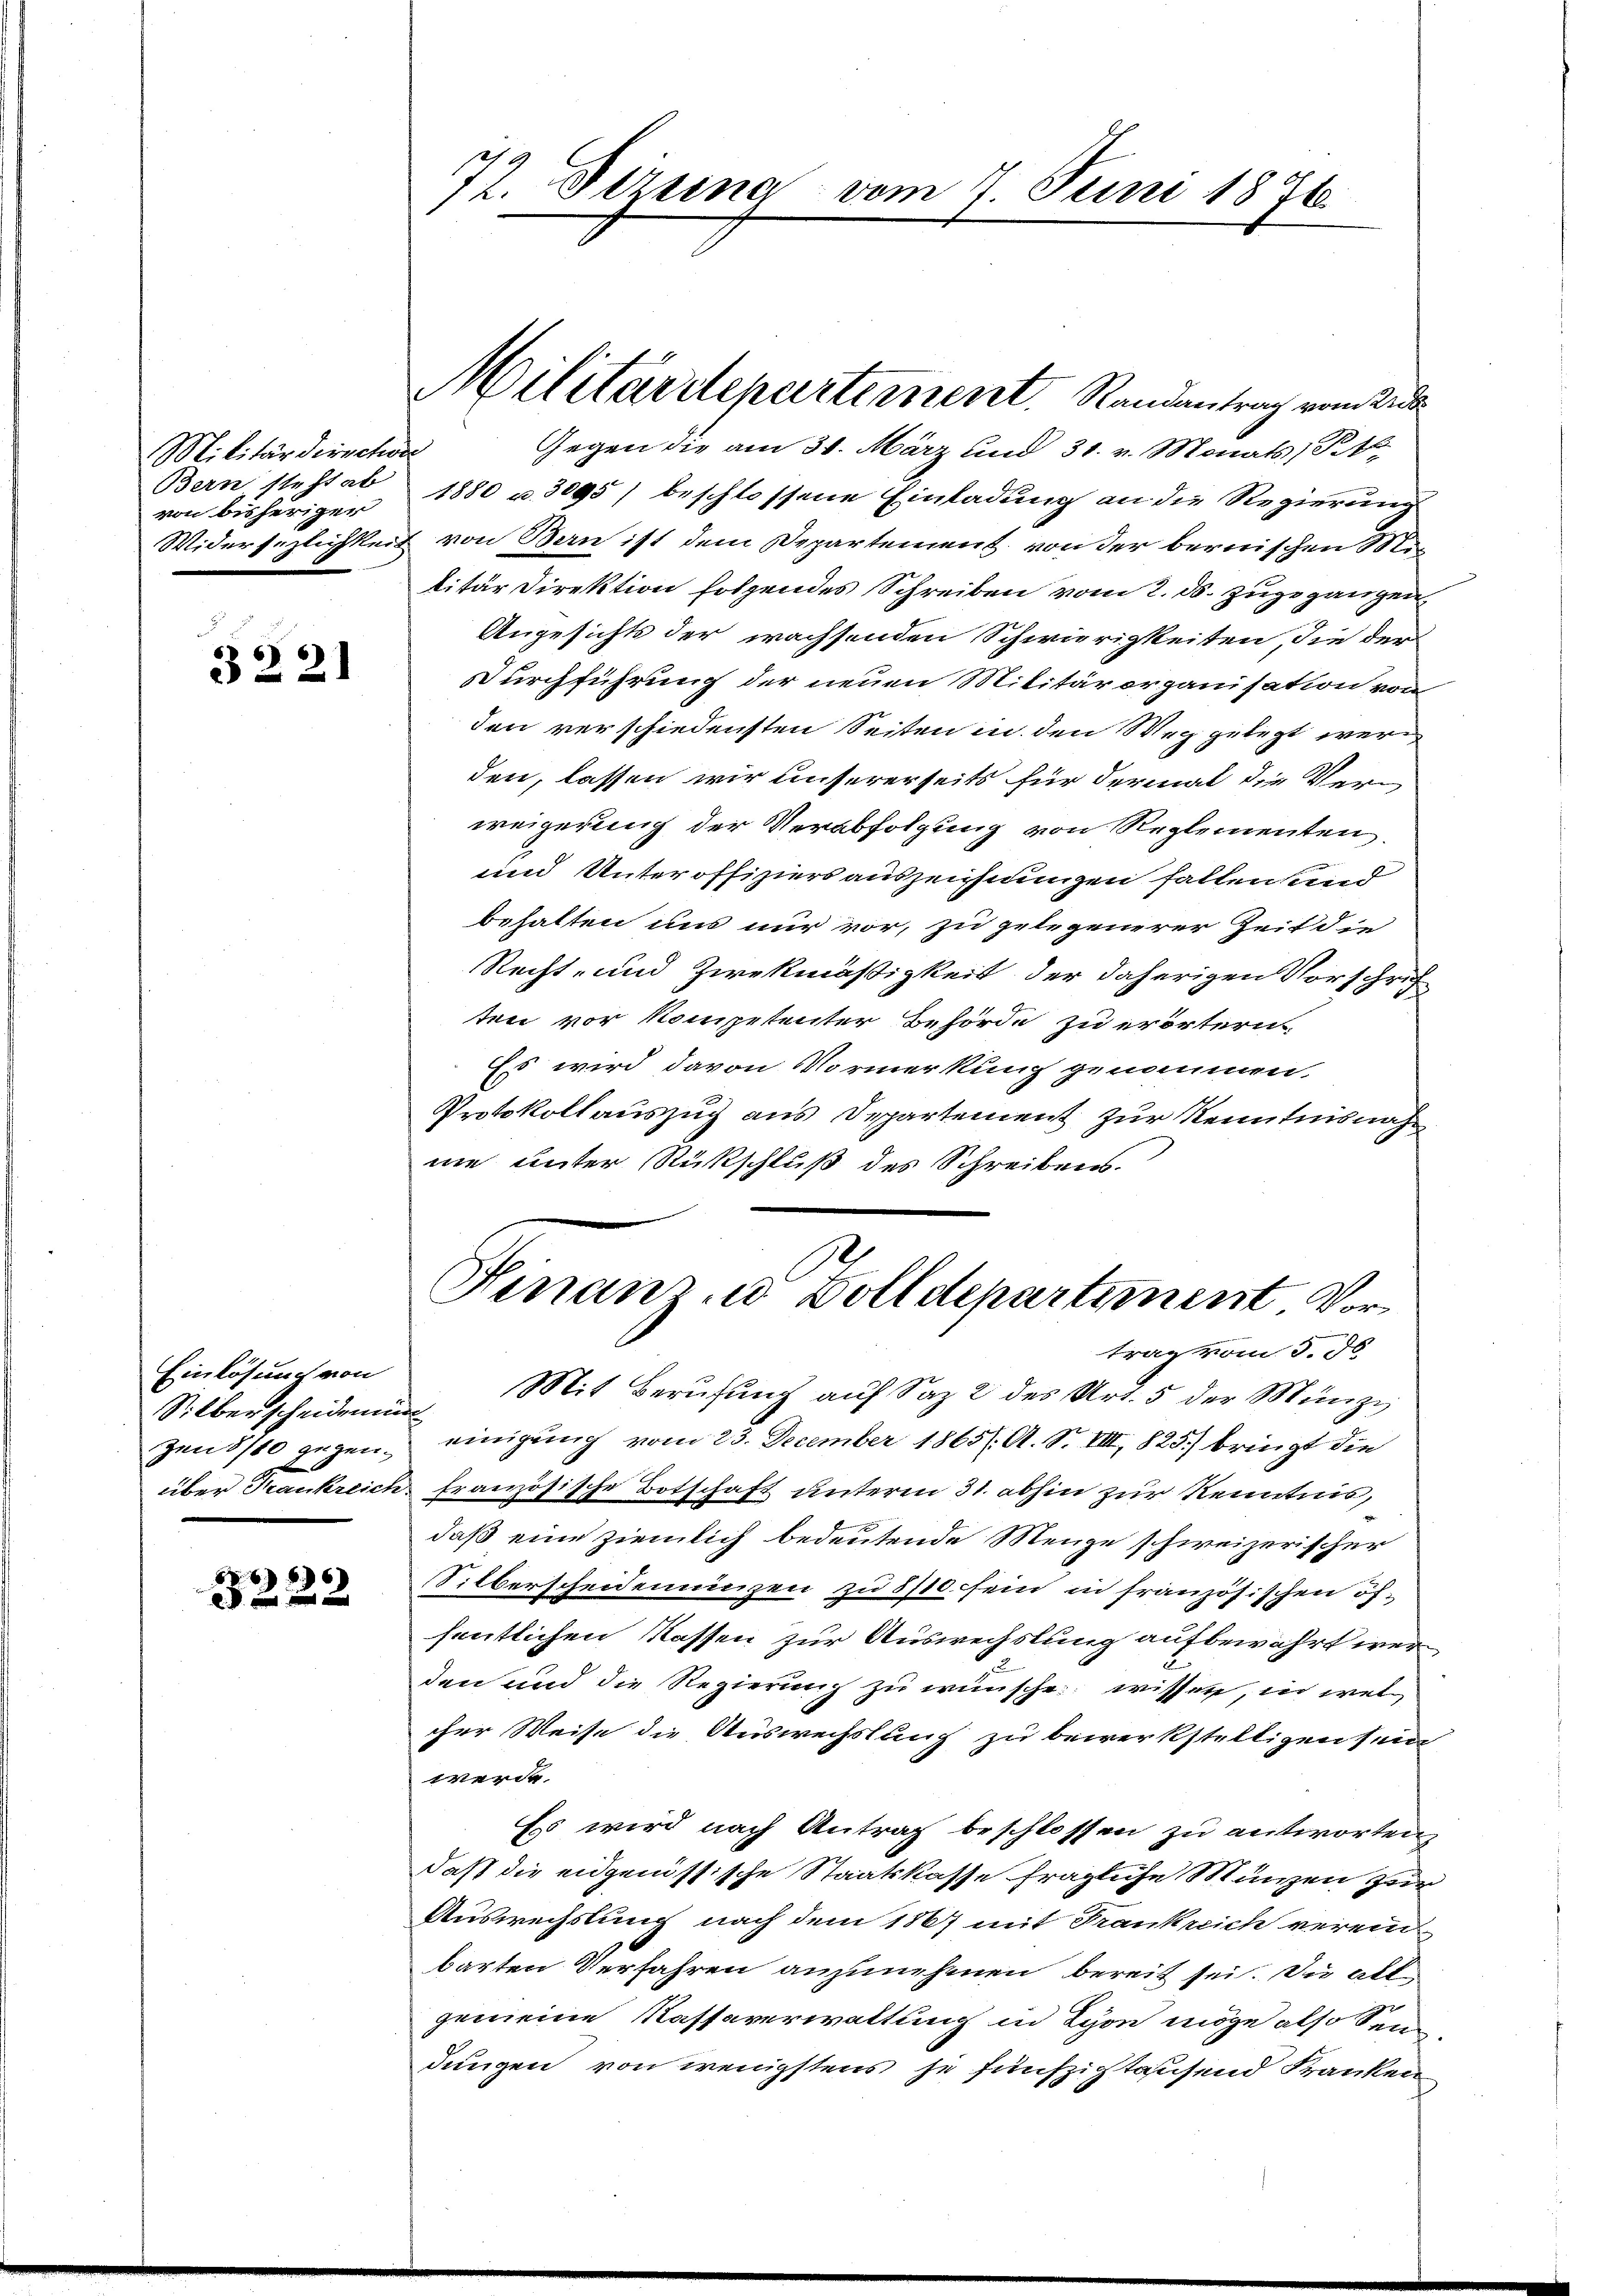
Militärdirschon
Bern steht ab
von bisheriger
Widersezlichkeit

3221

Einlösung von
Silber scheiden in
zen 880 gegenüber Frankreich

66)

72. Dezung vom 7. Juni 1876.

Militärdepartement. Randantrag vom Wid

Gegen die am 31. März und 31. v. Monats, Tit.
1880 u. 3095) beschlossene Einladung an die Regierung
von Bern ist dem Departement von der bernischen Mislitär Direktion folgendes Schreiben vom 2. ds. zugegangen
Angesichts der wachsenden Schwierigkeiten die der
Durchführung der neuen Militärorganisation von
den verschiedensten Seiten in den Weg gelegt wer
den, lassen wir unsererseits für dermal die Verweigerung der Verabfolgung von Reglementen
und Unteroffiziers auszeichnungen fallen sind
behalten uns nur vor, zu gelegenerer Zeit die
Recht- und Zwekmäßigkeit, der daherigen Vorschrif
ten vor Kompetenter Behörde zu erörtern
Es wird davon Vormerkung genommen,
Protokollauszug aus Departement zur Kenntnisnahnie unter Rückschluß des Schreibens.
Finanz- u Volldepartiment Vortrag vom 5. ds
Mit Berufung aŭf Saz 2 des Art. 5 der Münzi,
E
einigung vom 23. December 1865/. A. S. VIII, 825.) bringt die
französische Botschaft unterm 31. abhin zur Kenntnis,
daß eine ziemlich bedeutende Menge schweizerischer
Silberscheidenuinzen zu 8/10 sein in französischen öffentlichen Kassen zur Auswechslung aufbewahrt werden und die Regierung zu wünsche wissen, in wel
cher Weise die Auswechslauf zu bewerkstelligen sein
werde.
Es wird nach Antrag beschlossen zu antworten,
daß die eidgenössische Staatskasse fragliche Münzen zur
Auswechslung nach dem 1867 mit Frankreich verein
barten Verfahren anzunehmen bereit sei. Du all
gemeine Kassaverwaltung in Lyon möge also sein
dungen von wenigstens je fünfzigtausend Franken